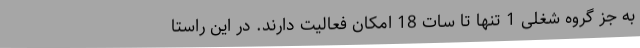
به جز گروه شغلی 1 تنها تا سات 18 امکان فعالیت دارند. در این راستا